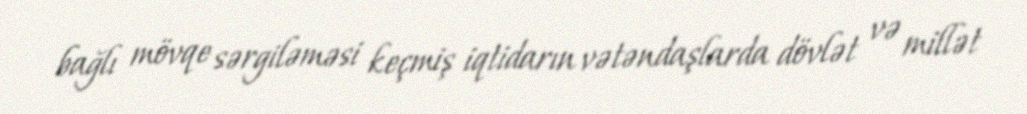
bağlı mövqe sərgiləməsi keçmiş iqtidarın vətəndaşlarda dövlət və millət